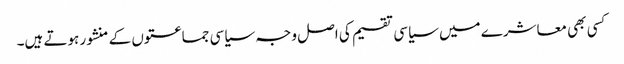
کسی بھی معاشرے میں سیاسی تقسیم کی اصل وجہ سیاسی جماعتوں کے منشور ہوتے ہیں۔